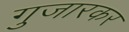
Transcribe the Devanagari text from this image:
गुजारकर